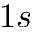
1 s